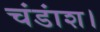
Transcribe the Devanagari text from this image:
चंडांश।